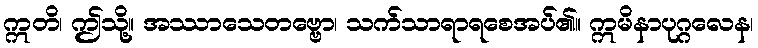
ဣတိ၊ ဤသို့။ အဿာသေတဗ္ဗော၊ သက်သာရာရစေအပ်၏။ ဣမိနာပုဂ္ဂလေန၊